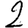
Digit: 2